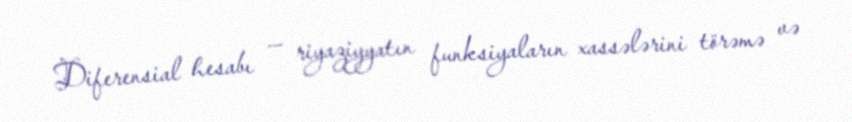
Diferensial hesabı — riyaziyyatın funksiyaların xassələrini törəmə və